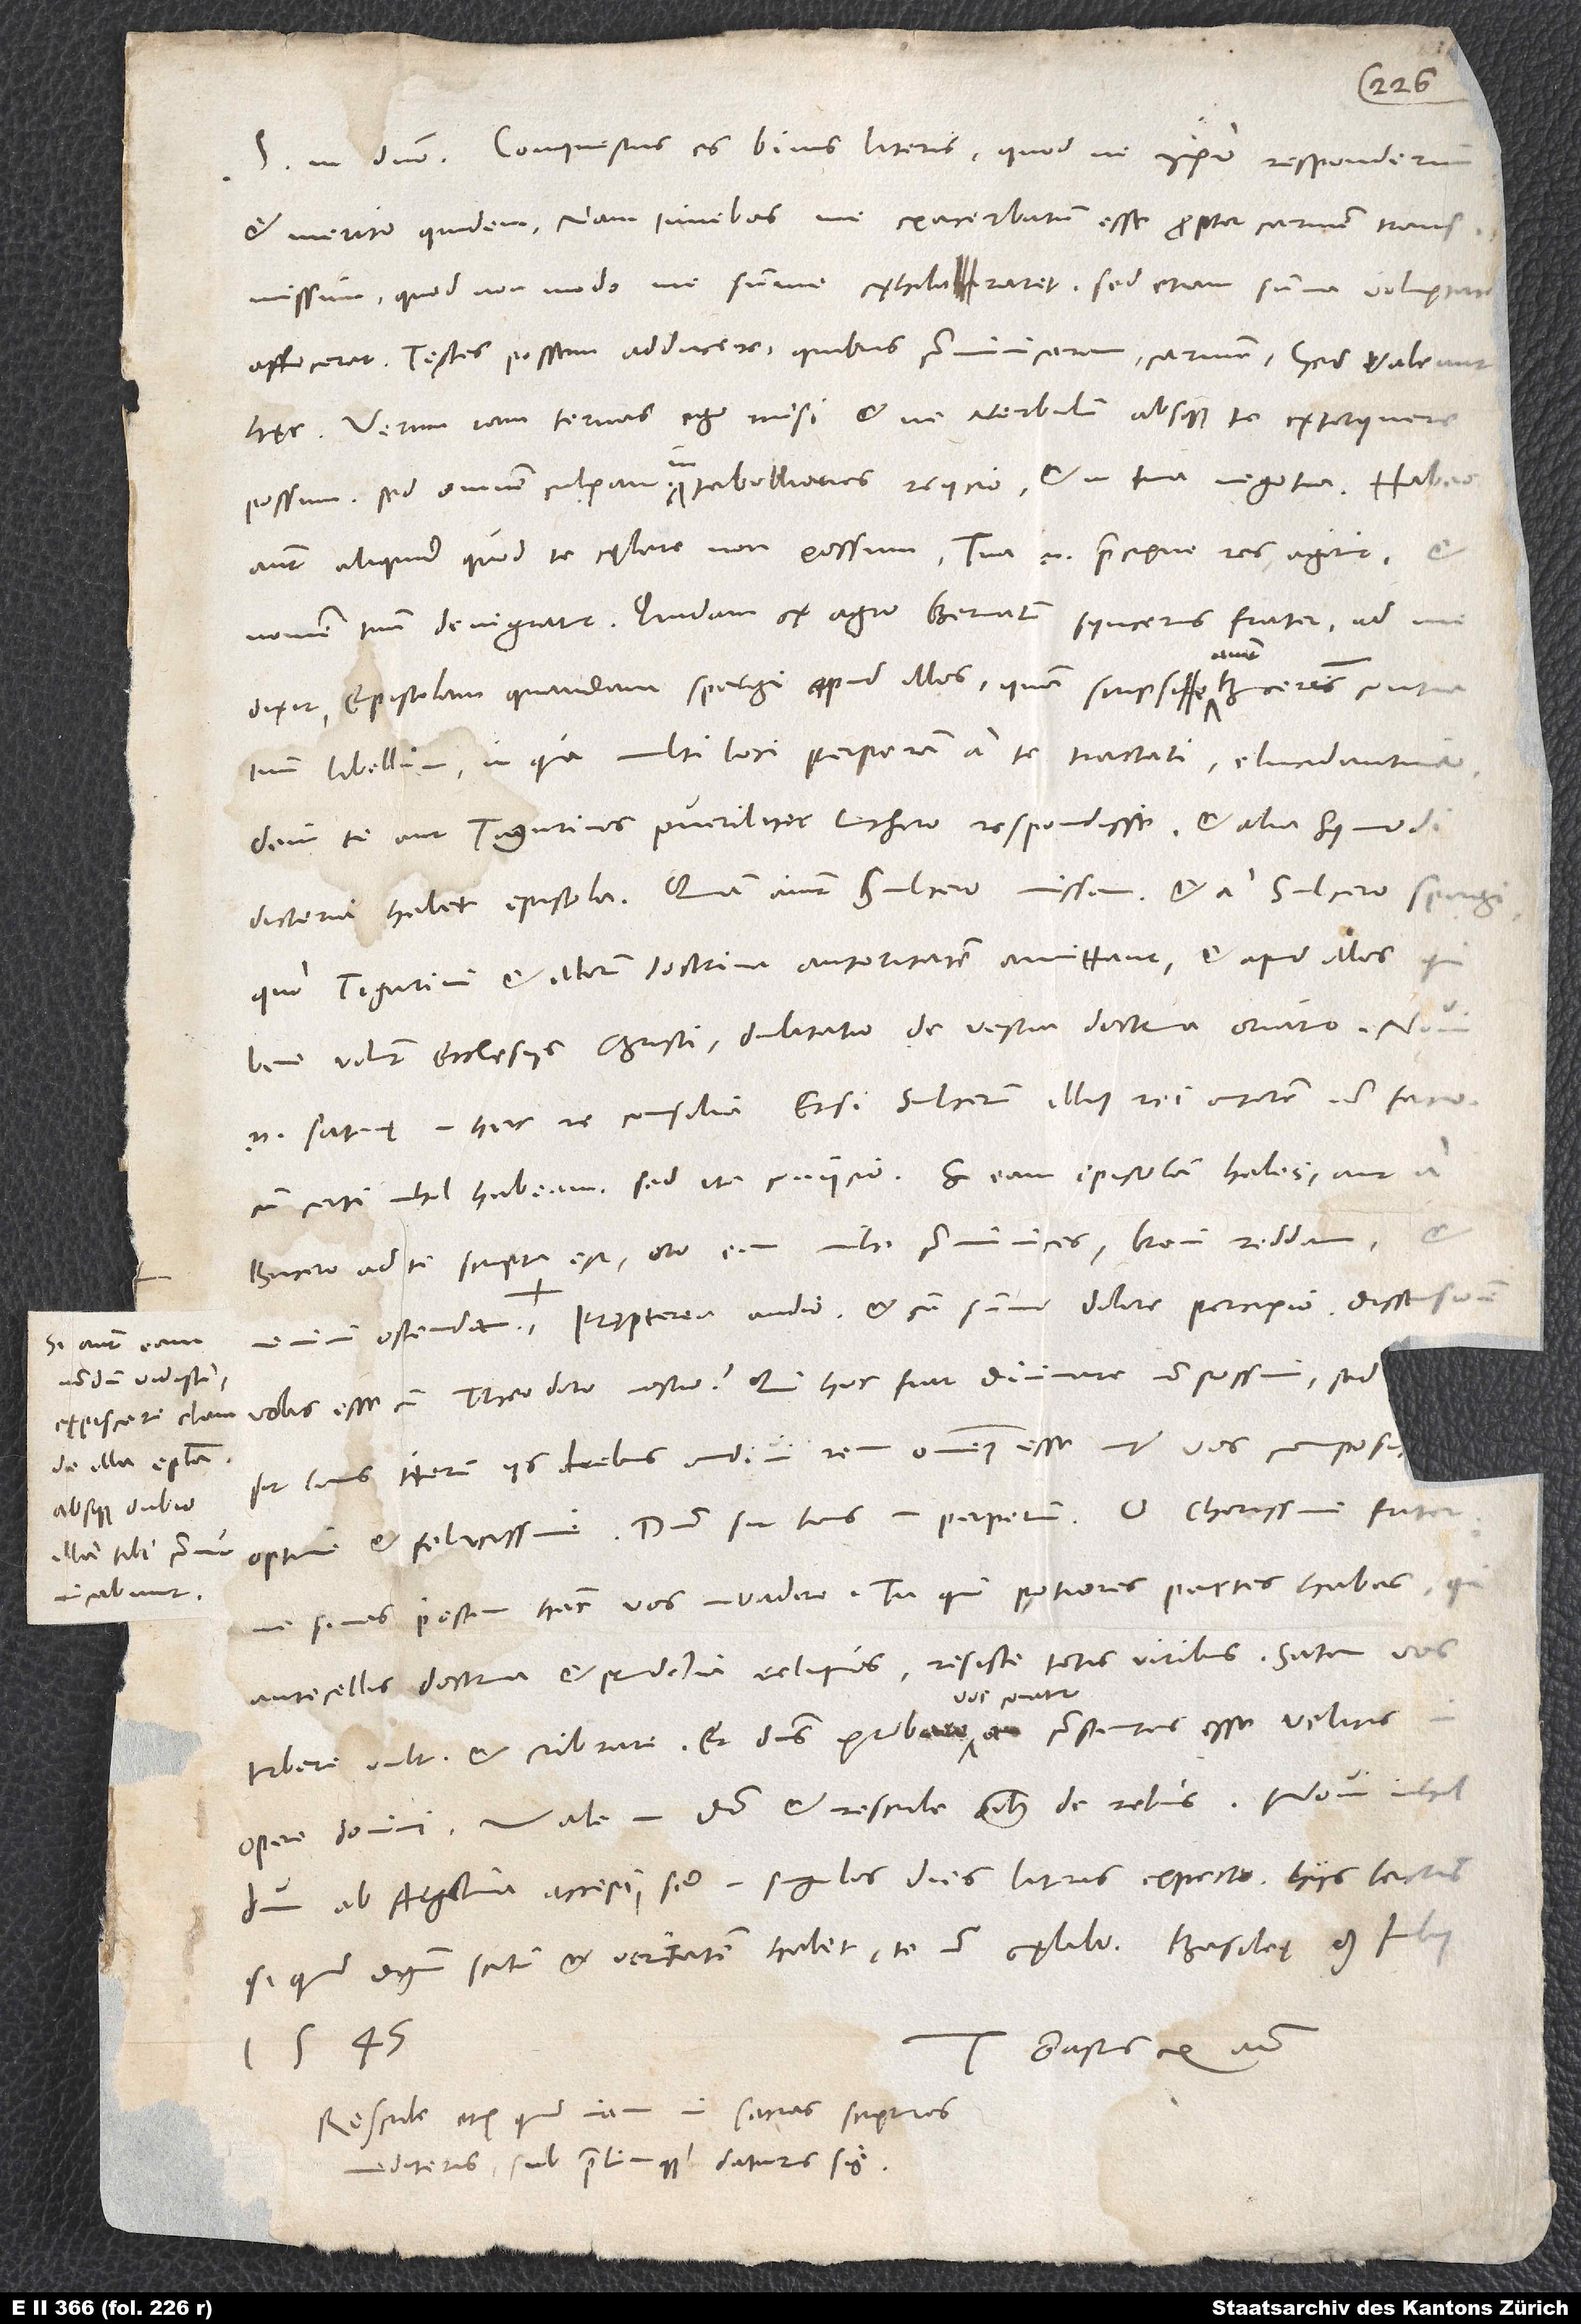
Si autem eam
nondum vidisti,
expiscare clam
de illa epistola;
absque dubio
illam tibi communicabunt.

et merito quidem, nam timebas me exacerbatum esse propter carmen transmissum,
quod non modo me summe exhilararet, sed etiam summa voluptate
afficeret. Testes possem adducere, quibus communicaram carmen; sed valeant
hęc. Verum iam ternas ego misi et ne verbulum absque te extorquere
possum; sed omnem culpam in tabelliones reiicio et in tua negotia.
autem aliquid, quod te cęlare non possum; tua enim praecipue res agitur, et
nomen tuum denigratur. Quidam ex agro Bernatum, syncerus frater, ad me
dixit epistolam quandam spargi apud illos, quam scripsisse aiunt Bucerum contra
tuum libellum, in qua multi loci perperam a te tractati elucidantur,
dein te aut Tigurinos pueriliter Luthero respondisse et alia huiusmodi
dicteria habet epistola; quam aiunt Sulcero missam et a Sulcero spargi,
quo Tigurini et illorum doctrina autoritatem amittant, et apud illos, qui
bene volunt ecclesiis Christi, dubitatio de vestra doctrina oriatur. Novi
enim satanę in hac re consilia, etsi Sulcerum illius rei autorem non facio,
cum certi nihil habeam; sed ita coniicio. Si eam epistolam habes aut a
Bucero ad te scripta est, oro, eam mihi communices; brevi reddam et
Pręterea audio et cum summo dolore percipio dissensionem
vobis esse cum Theodoro nostro! Qui hoc fiat, divinare non possim, sed,
optime et felicissime. Domino sit laus in perpetuum. O charissime frater,
sinas pestem hanc vos invadere! Tu, qui potiores partes habes, qui
antecellis doctrina et prudentia reliquos, resiste totis viribus. Satan vos
turbare vult et cribrare, et dominus probare vos conatur, an constantes esse velitis in
Vale in domino et rescribe omnibus de rebus. Novi nihildum
ab Argentina accepi, sed in singulos dies literas expecto. Hiis lectis
si quid dignum scitu et veritatem habent, te non cęlabo.
Tuus Gastius ex animo.
1545.
Rescribe etiam, quid iam in sacras scripturas
mediteris sub prelumque daturus sis.